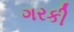
ગરકી